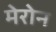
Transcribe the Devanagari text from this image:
मेरोन